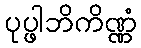
ပုပ္ဖါဘိကိဏ္ဏံ